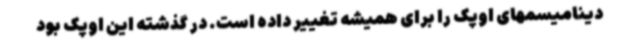
دینامیسمهای اوپک را برای همیشه تغییر داده است. در گذشته این اوپک بود